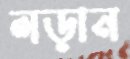
লড়ান